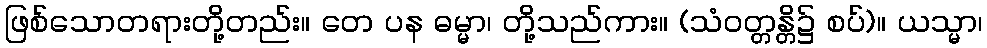
ဖြစ်သောတရားတို့တည်း။ တေ ပန ဓမ္မာ၊ တို့သည်ကား။ (သံဝတ္တန္တိ၌ စပ်)။ ယသ္မာ၊